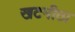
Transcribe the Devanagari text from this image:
खटमीठा